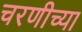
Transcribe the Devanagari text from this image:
चरणीच्या